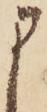
申